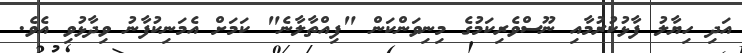
އަދި ހިޔާލު ފާޅުކުރުމާއި ނޫސްވެރިކަމުގެ މިނިވަންކަން "ފިއްތާލާނެ" ކަމަށް އެމަނިކުފާނު ވިދާޅުވި އެވެ.